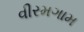
વીરમગામ